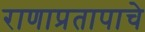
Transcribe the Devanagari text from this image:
राणाप्रतापाचे